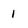
Character: 1